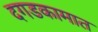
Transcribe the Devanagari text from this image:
दगडकामात